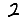
Digit: 2